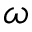
\omega